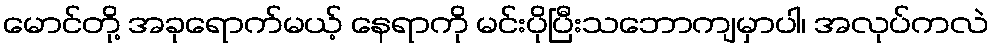
မောင်တို့ အခုရောက်မယ့် နေရာကို မင်းပိုပြီးသဘောကျမှာပါ၊ အလုပ်ကလဲ